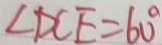
\angle D C E = 6 0 ^ { \circ }